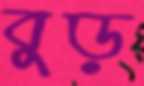
বুড়